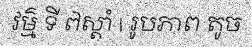
វម៌្ម ទី ៧ស្តាំ | រូបភាព តូច